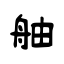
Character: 舳